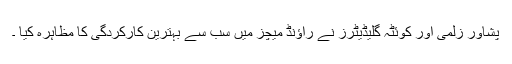
پشاور زلمی اور کوئٹہ گلیڈیٹرز نے راؤنڈ میچز میں سب سے بہترین کارکردگی کا مظاہرہ کیا ۔